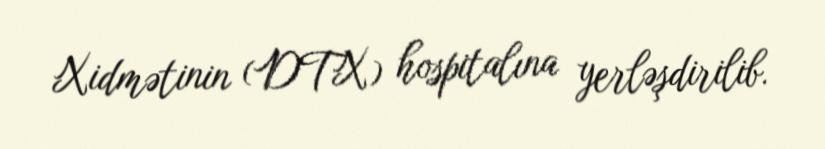
Xidmətinin (DTX) hospitalına yerləşdirilib.